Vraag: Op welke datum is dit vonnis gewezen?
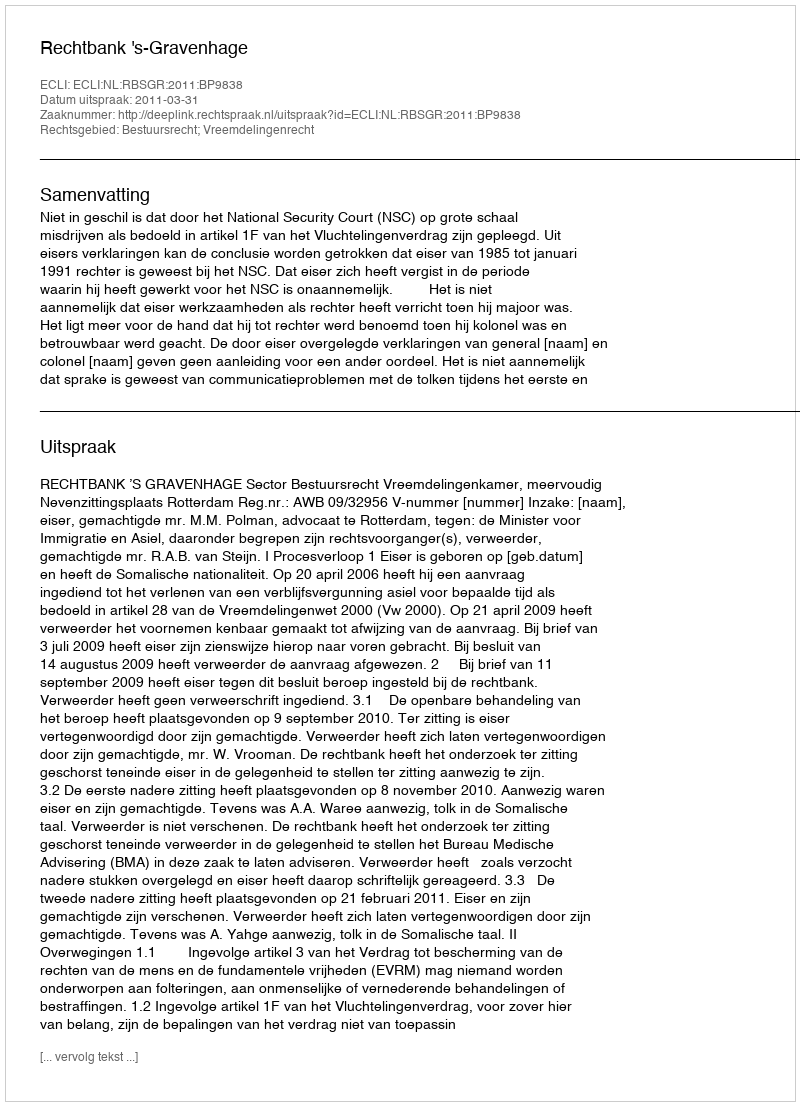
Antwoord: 2011-03-31